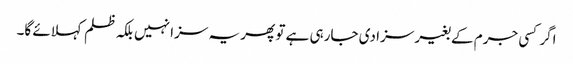
اگر کسی جرم کے بغیر سزا دی جارہی ہے تو پھر یہ سزا نہیں بلکہ ظلم کہلائے گا۔